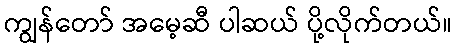
ကျွန်တော် အမေ့ဆီ ပါဆယ် ပို့လိုက်တယ်။